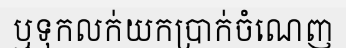
ឬទុកលក់យកប្រាក់ចំណេញ